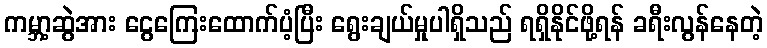
ကမ္ဘာ့ဆွဲအား ငွေကြေးထောက်ပံ့ပြီး ရွေးချယ်မှုပါရှိသည် ရရှိနိုင်ဖို့ရန် ခရီးလွန်နေတဲ့